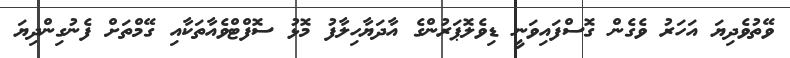
ވޭތުވެދިޔަ އަހަރު ވެގެން ގޮސްފައިވަނީ ޑިވެލޮޕަރުންގެ އާދަޔާހިލާފު މޮޅު ސޮފްޓްވެއާތަކާއި ގޭމްތަށް ފެނުގިންދިޔަ